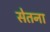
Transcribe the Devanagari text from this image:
सेतना